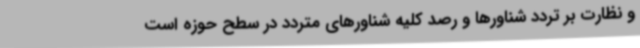
و نظارت بر تردد شناورها و رصد کلیه شناورهای متردد در سطح حوزه است